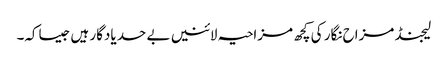
لیجنڈ مزاح نگار کی کچھ مزاحیہ لائنیں بے حد یادگار ہیں جیساکہ۔